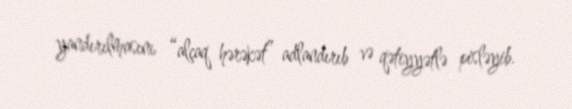
yandırılmasını “alçaq hərəkət” adlandırıb və qətiyyətlə pisləyib.